Annual vaccination report of Bihar and Orissa - 1911-1928
Year: 1911
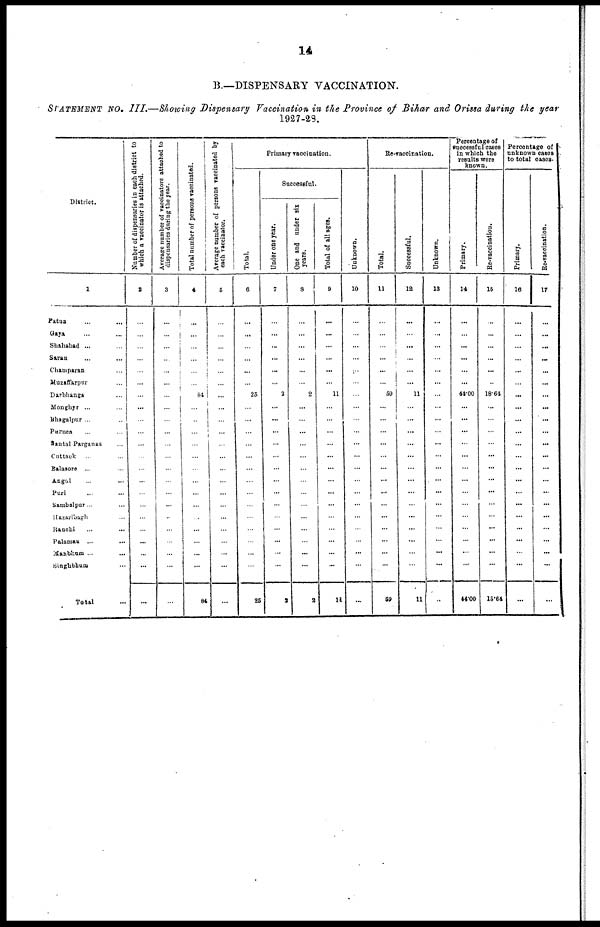
14
B.—DISPENSARY VACCINATION.
STATEMENT NO. III.—Showing Dispensary Vaccination in the Province of Bihar and Orissa during the year
1927-28.
District.
1
Patna ... ...
Gaya ... ...
Shahabad ... ...
Saran ... ...
Champaran ...
Muzaffarpur ...
Darbhanga ...
Monghyr ... ...
Bhagalpur ... ...
Purnea ... ...
Santal Parganas ...
Cuttack ... ...
Balasore ... ...
Angul ... ...
Puri ... ...
Sambalpur... ...
Hazaribagh ... ...
Ranchi ... ...
Palamau ... ...
Manbhum ... ...
Singhbhum ... ...
Total ...
Number of dispensaries in each district to
which a vaccinator is attached.
2
...
...
...
...
...
...
...
...
...
...
...
...
...
...
...
...
...
...
...
...
...
...
Average number of vaccinators attached to
dispensaries during the year.
3
...
...
...
...
...
...
...
...
...
...
...
...
...
...
...
...
...
...
...
...
...
...
Total number of persons vaccinated.
4
...
...
...
...
...
...
84
...
...
...
...
...
...
...
...
...
...
...
...
...
...
84
Average number of persons vaccinated by
each vaccinator.
5
...
...
...
...
...
...
...
...
...
...
...
...
...
...
...
...
...
...
...
...
...
...
Primary vaccination.
Total.
6
...
...
...
...
...
...
25
...
...
...
...
...
...
...
...
...
...
...
...
...
...
25
Successful.
Under one year.
7
...
...
...
...
...
...
2
...
...
...
...
...
...
...
...
...
...
...
...
...
...
2
One and under six
years.
8
...
...
...
...
...
...
2
...
...
...
...
...
...
...
...
...
...
...
...
...
...
2
Total of all ages.
9
...
...
...
...
...
...
11
...
...
...
...
...
...
...
...
...
...
...
...
...
...
11
Unknown.
10
...
...
...
...
...
...
...
...
...
...
...
...
...
...
...
...
...
...
...
...
...
...
Re-vaccination.
Total.
11
...
...
...
...
...
...
59
...
...
...
...
...
...
...
...
...
...
...
...
...
...
59
Successful.
12
...
...
...
...
...
...
11
...
...
...
...
...
...
...
...
...
...
...
...
...
...
11
Unknown.
13
...
...
...
...
...
...
...
...
...
...
...
...
...
...
...
...
...
...
...
...
...
...
Percentage of
successful cases
in which the
results were
known.
Primary.
14
...
...
...
...
...
...
44.00
...
...
...
...
...
...
...
...
...
...
...
...
...
...
44.00
Re-vaccination.
15
...
...
...
...
...
...
18.64
...
...
...
...
...
...
...
...
...
...
...
...
...
...
16.64
Percentage of
unknown cases
to total cases.
Primary.
16
...
...
...
...
...
...
...
...
...
...
...
...
...
...
...
...
...
...
...
...
...
...
Re-vaccination.
17
...
...
...
...
...
...
...
...
...
...
...
...
...
...
...
...
...
...
...
...
...
...